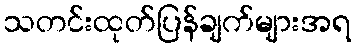
သတင်းထုတ်ပြန်ချက်များအရ